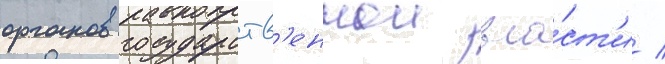
органов государств'еннои вла́ст'и /